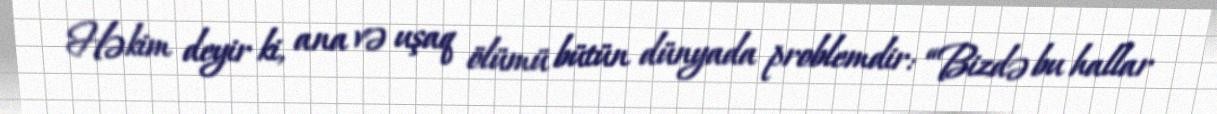
Həkim deyir ki, ana və uşaq ölümü bütün dünyada problemdir: “Bizdə bu hallar